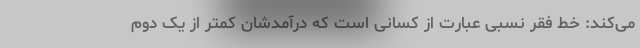
می‌کند: خط فقر نسبی عبارت از کسانی است که درآمدشان کمتر از یک دوم